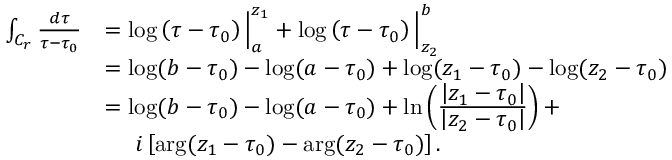
\begin{array} { r l } { \int _ { C _ { r } } \frac { d \tau } { \tau - \tau _ { 0 } } } & { = \log \left( \tau - \tau _ { 0 } \right) \Big | _ { a } ^ { z _ { 1 } } + \log \left( \tau - \tau _ { 0 } \right) \Big | _ { z _ { 2 } } ^ { b } } \\ & { = \log ( b - \tau _ { 0 } ) - \log ( a - \tau _ { 0 } ) + \log ( z _ { 1 } - \tau _ { 0 } ) - \log ( z _ { 2 } - \tau _ { 0 } ) } \\ & { = \log ( b - \tau _ { 0 } ) - \log ( a - \tau _ { 0 } ) + \ln \left( \frac { \displaystyle \left\lvert z _ { 1 } - \tau _ { 0 } \right\rvert } { \displaystyle \left\lvert z _ { 2 } - \tau _ { 0 } \right\rvert } \right) + } \\ & { \quad \, \, i \left[ \arg ( z _ { 1 } - \tau _ { 0 } ) - \arg ( z _ { 2 } - \tau _ { 0 } ) \right] . } \end{array}